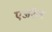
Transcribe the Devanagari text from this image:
एजरैल